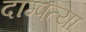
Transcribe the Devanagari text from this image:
दाम्पत्या